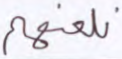
نلعنهم